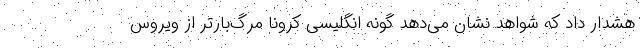
هشدار داد که شواهد نشان می‌دهد گونه انگلیسی کرونا مرگ‌بارتر از ویروس